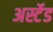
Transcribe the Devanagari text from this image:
अर्स्टेड